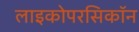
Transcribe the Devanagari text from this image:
लाइकोपरसिकॉन